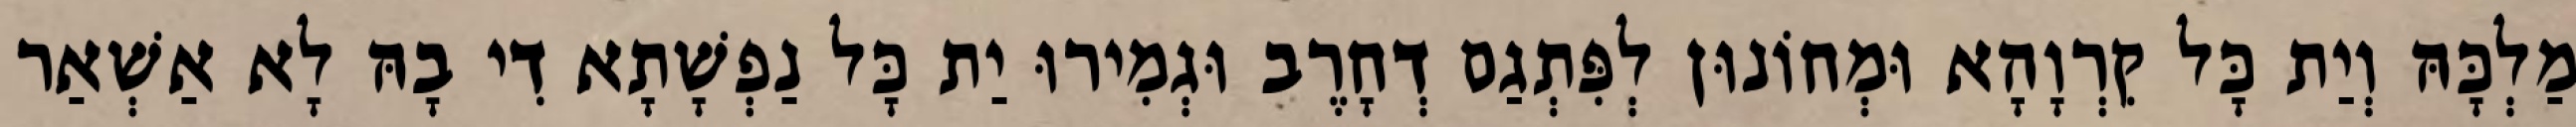
מַלְכָּהּ וְיַת כָּל קִרְוָהָא וּמְחוֹנוּן לְפִּתְגַם דְחָרֶב וּגְמִירוּ יַת כָּל נַפְשָׁתָא דִי בָהּ לָא אַשְׁאַר